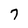
Character: 7